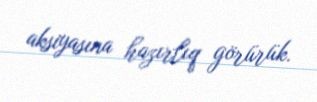
aksiyasına hazırlıq görürük.